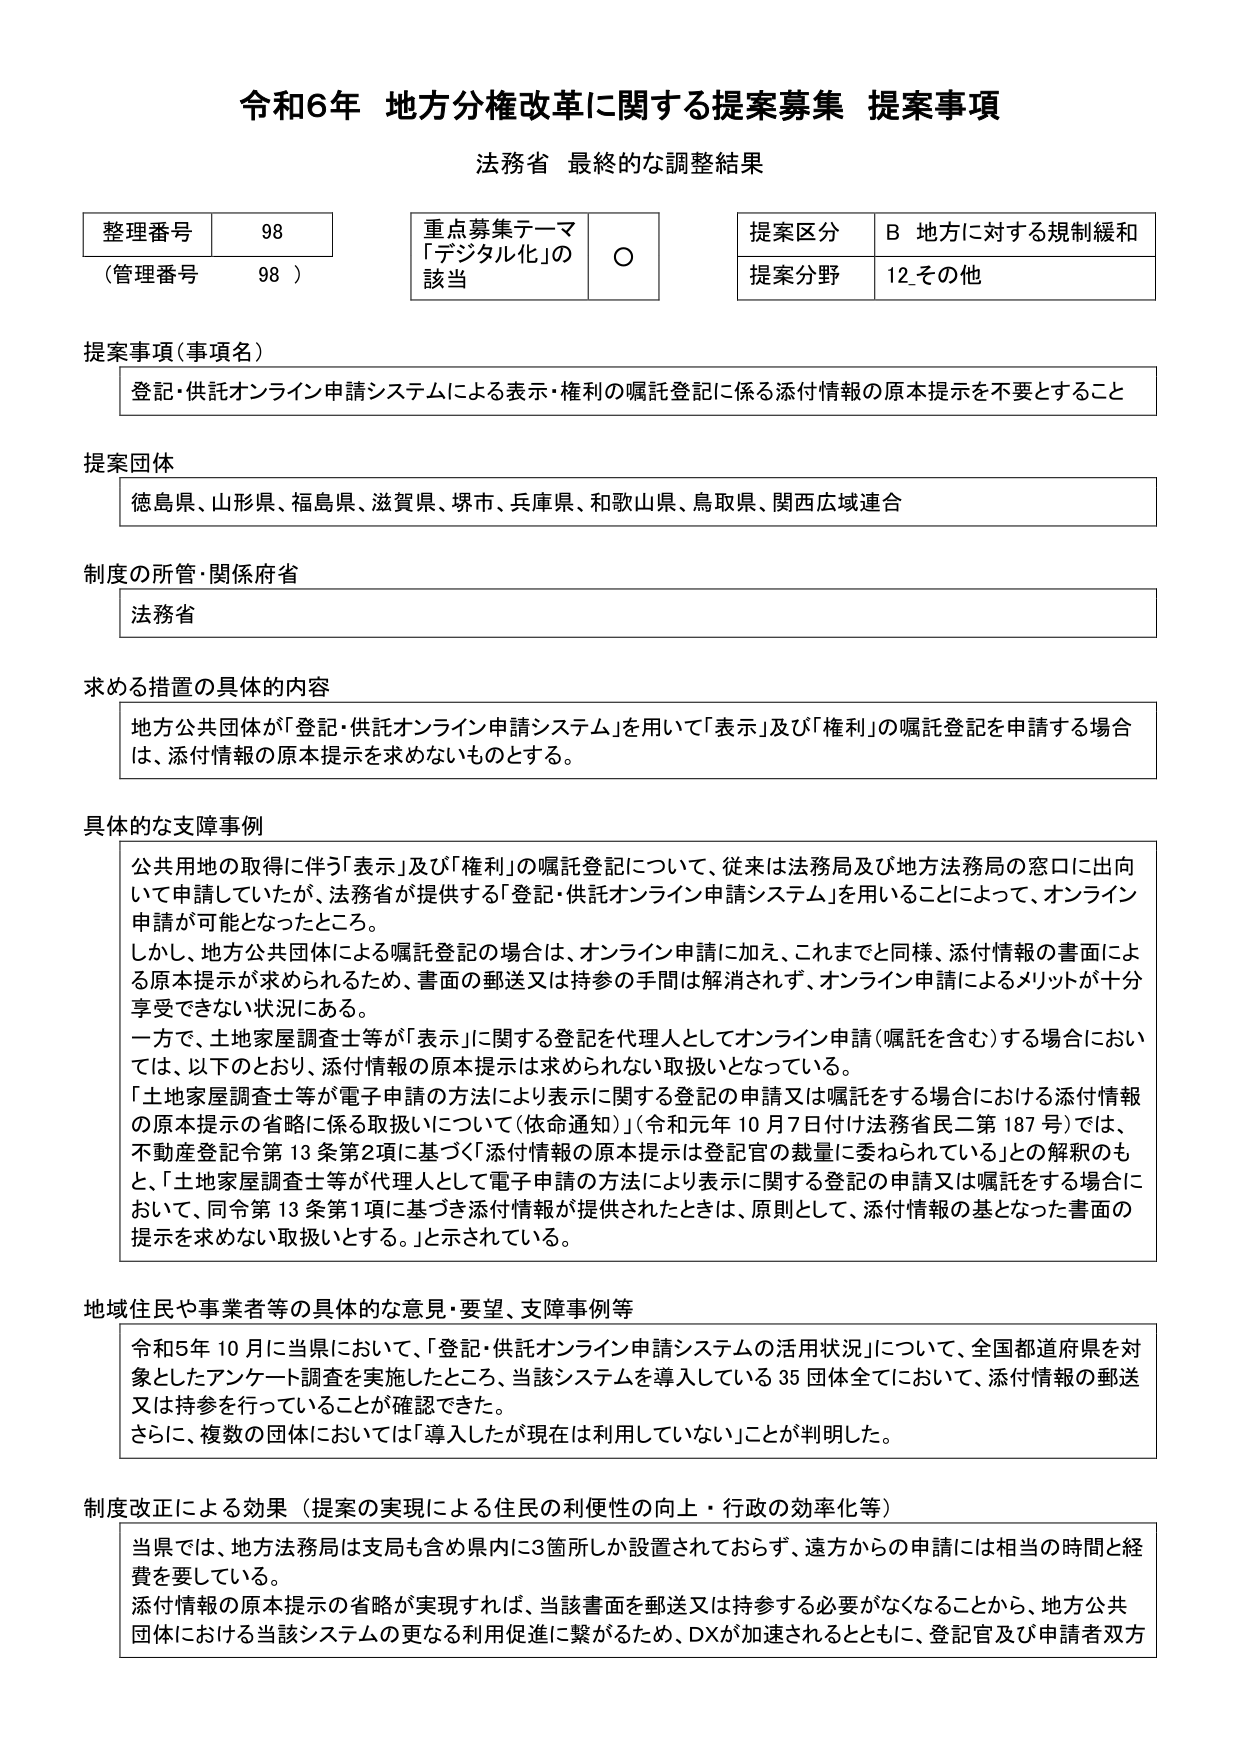
令和6年 地方分権改革に関する提案募集 提案事項
法務省 最終的な調整結果

整理番号 98
（管理番号 98）

重点募集テーマ
「デジタル化」の
該当 ○

提案区分 B 地方に対する規制緩和
提案分野 12 その他

提案事項（事項名）
登記・供託オンライン申請システムによる表示・権利の嘱託登記に係る添付情報の原本提示を不要とすること

提案団体
徳島県、山形県、福島県、滋賀県、堺市、兵庫県、和歌山県、鳥取県、関西広域連合

制度の所管・関係府省
法務省

求める措置の具体的内容
地方公共団体が「登記・供託オンライン申請システム」を用いて「表示」及び「権利」の嘱託登記を申請する場合は、添付情報の原本提示を求めないものとする。

具体的な障害事例
公共用地の取得に伴う「表示」及び「権利」の嘱託登記について、従来は法務局及び地方法務局の窓口に出向いて申請していたが、法務省が提供する「登記・供託オンライン申請システム」を用いることによって、オンライン申請が可能となったところ。
しかし、地方公共団体による嘱託登記の場合は、オンライン申請に加え、これまでと同様、添付情報の書面による原本提示が求められるため、書面の郵送又は持参の手間は解消されず、オンライン申請によるメリットが十分享受できない状況にある。
一方で、土地家屋調査士等が「表示」に関する登記を代理人としてオンライン申請（嘱託を含む）する場合においては、以下のとおり、添付情報の原本提示は求められない取扱いとなっている。
「土地家屋調査士等が電子申請の方法により表示に関する登記の申請又は嘱託をする場合における添付情報の原本提示の省略に係る取扱いについて（依命通知）」（令和元年10月7日付け法務省民二第187号）では、不動産登記令第13条第2項に基づく「添付情報の原本提示は登記官の裁量に委ねられている」との解釈のもと、「土地家屋調査士等が代理人として電子申請の方法により表示に関する登記の申請又は嘱託をする場合において、同令第13条第1項に基づき添付情報が提供されたときは、原則として、添付情報の基となった書面の提示を求めない取扱いとする。」と示されている。

地域住民や事業者等の具体的な意見・要望、支障事例等
令和5年10月に当県において、「登記・供託オンライン申請システムの活用状況」について、全国都道府県を対象としたアンケート調査を実施したところ、当該システムを導入している35団体全てにおいて、添付情報の郵送又は持参を行っていることが確認できた。
さらに、複数の団体においては「導入したが現在は利用していない」ことが判明した。

制度改正による効果（提案の実現による住民の利便性の向上・行政の効率化等）
当県では、地方法務局は支局も含め県内に3箇所しか設置されておらず、遠方からの申請には相当の時間と経費を要している。
添付情報の原本提示の省略が実現すれば、当該書面を郵送又は持参する必要がなくなることから、地方公共団体における当該システムの更なる利用促進に繋がるため、DXが加速されるとともに、登記官及び申請者双方